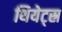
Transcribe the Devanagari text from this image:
थियेट्स्र